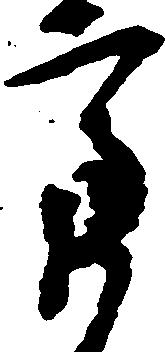
亮